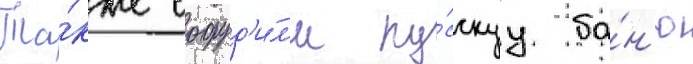
Та́кже сооруд'и́л'и ру́сскуу ба́н'ю